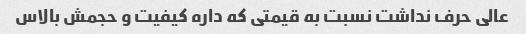
عالی حرف نداشت نسبت به قیمتی که داره کیفیت و حجمش بالاس